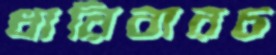
ধারিবারচ